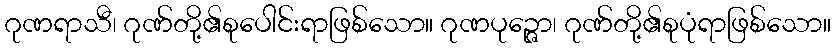
ဂုဏရာသီ၊ ဂုဏ်တို့၏စုပေါင်းရာဖြစ်သော။ ဂုဏပုဉ္ဇော၊ ဂုဏ်တို့၏စုပုံရာဖြစ်သော။